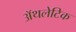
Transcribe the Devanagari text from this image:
अॅथलेटिक